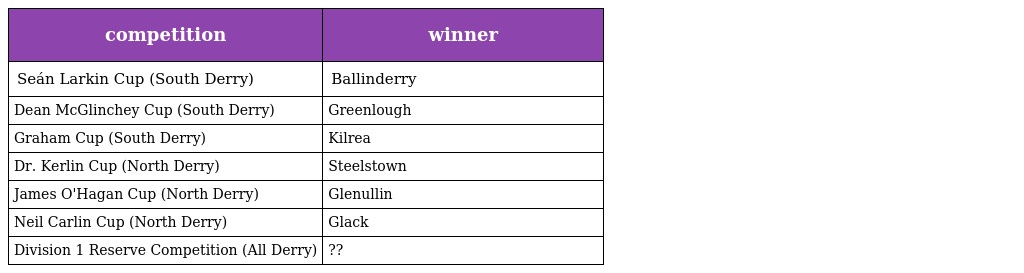
| competition | winner |
 | --- | --- |
 | Seán Larkin Cup (South Derry) | Ballinderry |
 | Dean McGlinchey Cup (South Derry) | Greenlough |
 | Graham Cup (South Derry) | Kilrea |
 | Dr. Kerlin Cup (North Derry) | Steelstown |
 | James O'Hagan Cup (North Derry) | Glenullin |
 | Neil Carlin Cup (North Derry) | Glack |
 | Division 1 Reserve Competition (All Derry) | ?? |